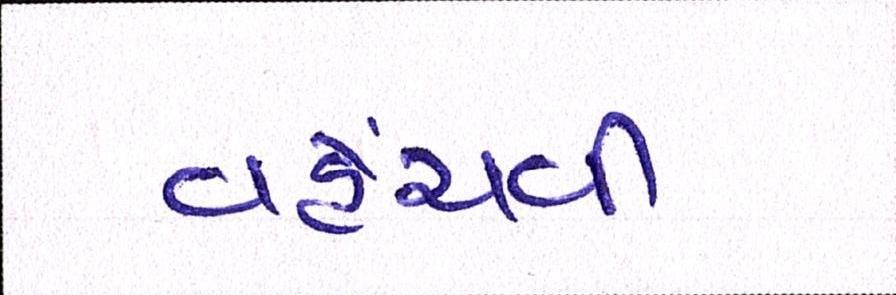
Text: વહેંચવી